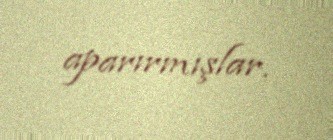
aparırmışlar.